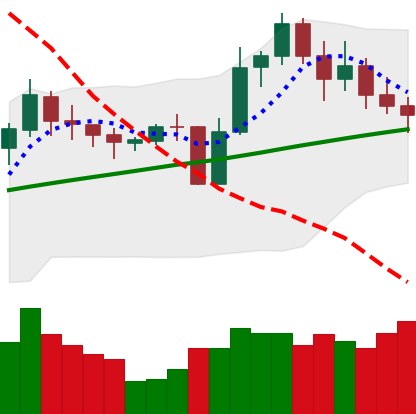
Ticker: LINK-USD
Chart end date: 2020-10-30
Forward return: -5.64%
Label: down_5_7